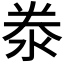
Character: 𬇦